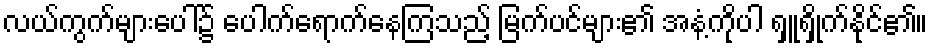
လယ်ကွက်များပေါ်၌ ပေါက်ရောက်နေကြသည့် မြက်ပင်များ၏ အနံ့ကိုပါ ရှူရှိုက်နိုင်၏။